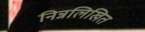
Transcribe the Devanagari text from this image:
निन्नलिखित